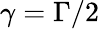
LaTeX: \gamma=\Gamma/2